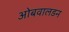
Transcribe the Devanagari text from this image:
ओबवालडन